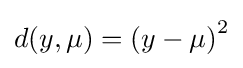
d(y,\mu )=\left(y-\mu \right)^{2}